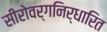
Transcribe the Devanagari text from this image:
सीरोवर्गनिर्धारित